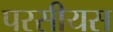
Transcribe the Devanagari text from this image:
परसीयस